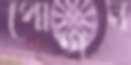
পোহান